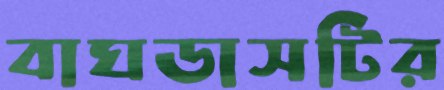
বাঘডাসটির